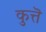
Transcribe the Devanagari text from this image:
कुत्तॆ